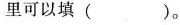
里可以填 ( )。